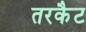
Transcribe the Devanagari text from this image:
तरकैट